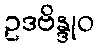
ဥဒဗိန္ဒုဝ